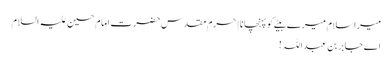
میرا سلام میرے بیٹے کو پہنچانا | حرم مقدس حضرت امام حسین علیہ السلام
اے جابر بن عبداللہ !